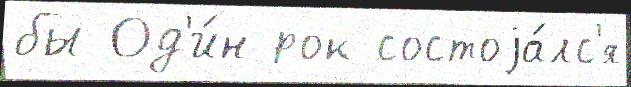
бы Од'и́н рок состоjа́лс'я